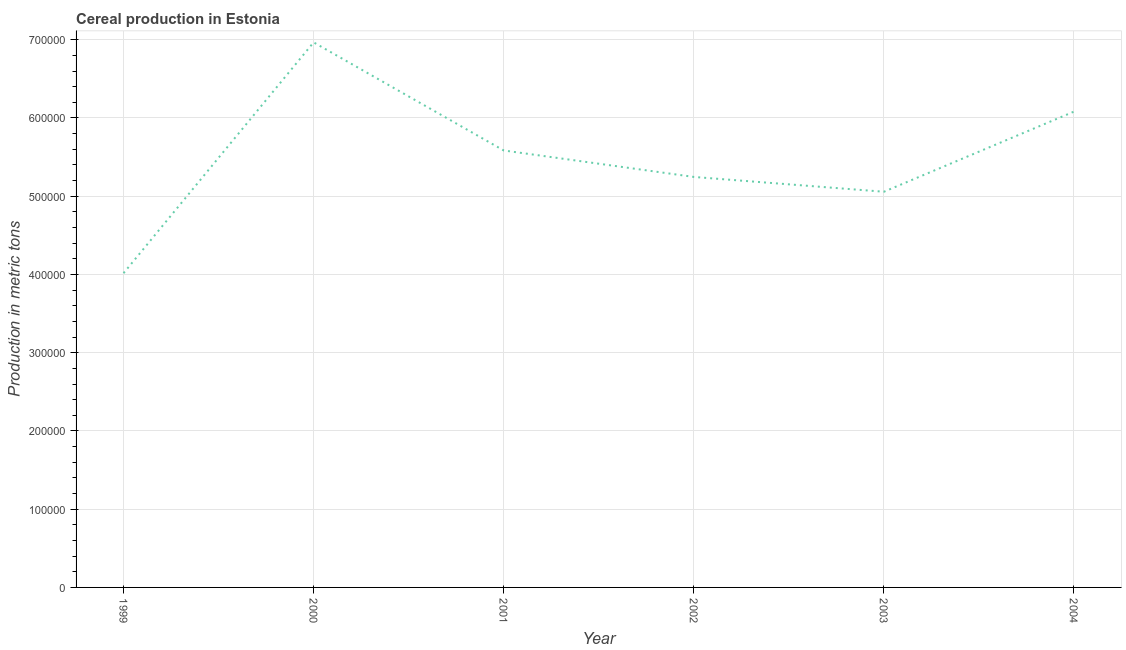
| Year | Cereal production |
 | --- | --- |
 | 1999 | 4.02e+05 |
 | 2000 | 6.97e+05 |
 | 2001 | 5.58e+05 |
 | 2002 | 5.25e+05 |
 | 2003 | 5.06e+05 |
 | 2004 | 6.08e+05 |